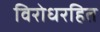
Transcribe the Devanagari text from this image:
विरोधरहित